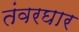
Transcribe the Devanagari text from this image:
तंवरघार